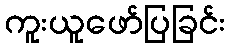
ကူးယူဖော်ပြခြင်း